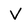
Character: V